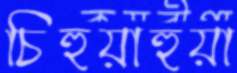
চিহুয়াহুয়া